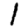
Digit: 1